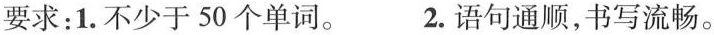
要求:1.不少于 50 个单词. 2.语句通顺,书写流畅.